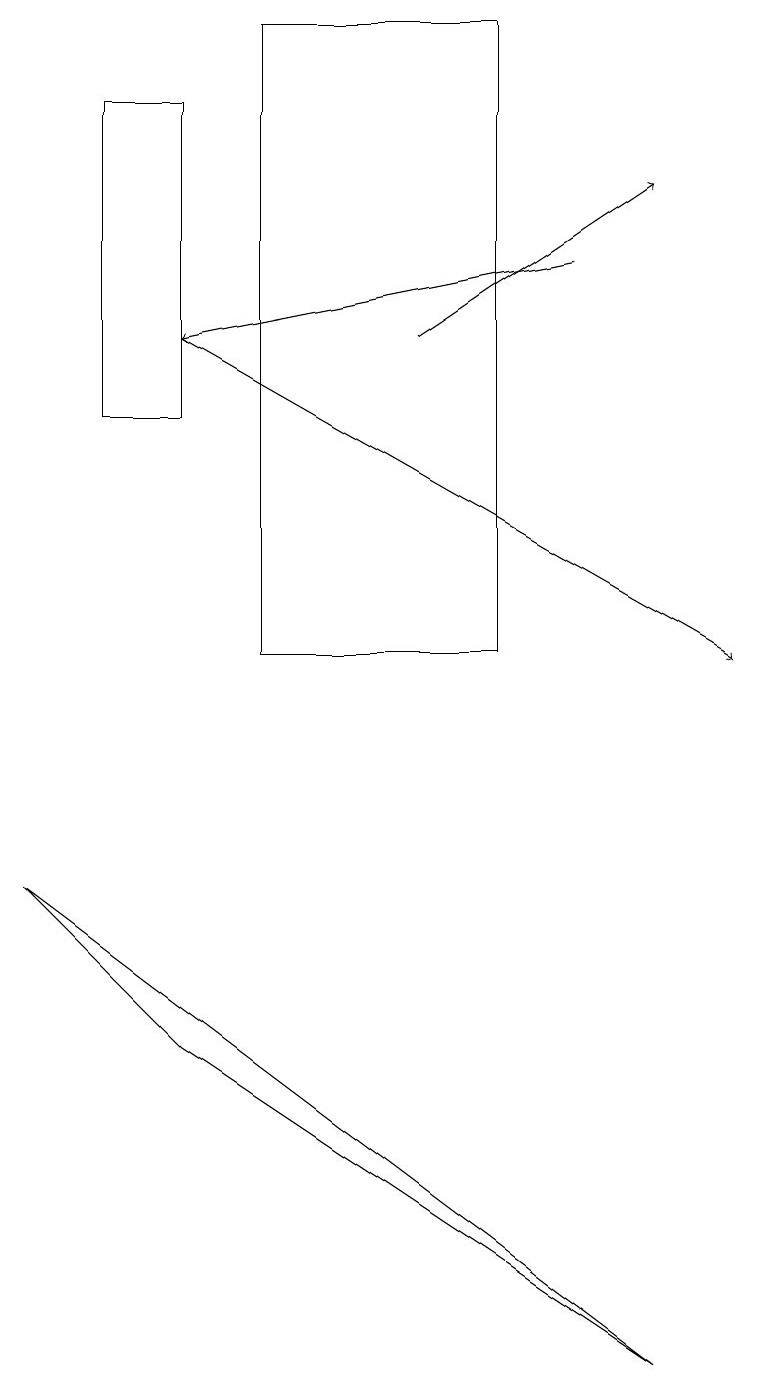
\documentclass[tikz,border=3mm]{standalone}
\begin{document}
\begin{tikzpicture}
\draw (0,7) -- (2,5) -- (8,1) -- cycle;
\draw (3,18) rectangle (6,10);
\draw[->] (2,14) -- (9,10);
\draw[->] (5,14) -- (8,16);
\draw[->] (7,15) -- (2,14);
\draw (2,13) rectangle (1,17);
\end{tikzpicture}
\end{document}